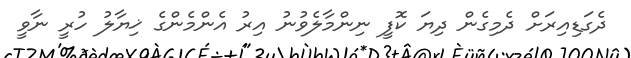
ދެގަޑިއިރަށް ދެމިގެން ދިޔަ ކޮފީ ނިންމާލެވުނު އިރު އެންމެންގެ ޚިޔާލު ހުރީ ނާވީ